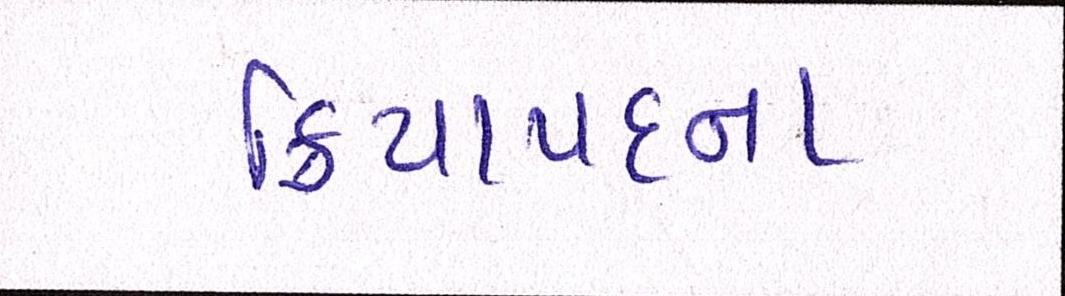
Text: ક્રિયાપદના